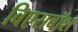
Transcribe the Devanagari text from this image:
बिएसबॉश